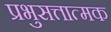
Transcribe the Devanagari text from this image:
प्रभुसत्तात्मक